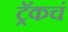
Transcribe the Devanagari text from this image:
ट्रॅकचं